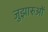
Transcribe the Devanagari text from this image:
जुझारुओं